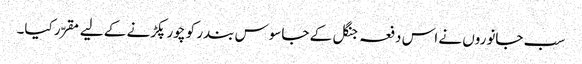
سب جانوروں نے اس دفعہ جنگل کے جاسوس بندر کو چور پکڑنے کے لیے مقرّر کیا۔